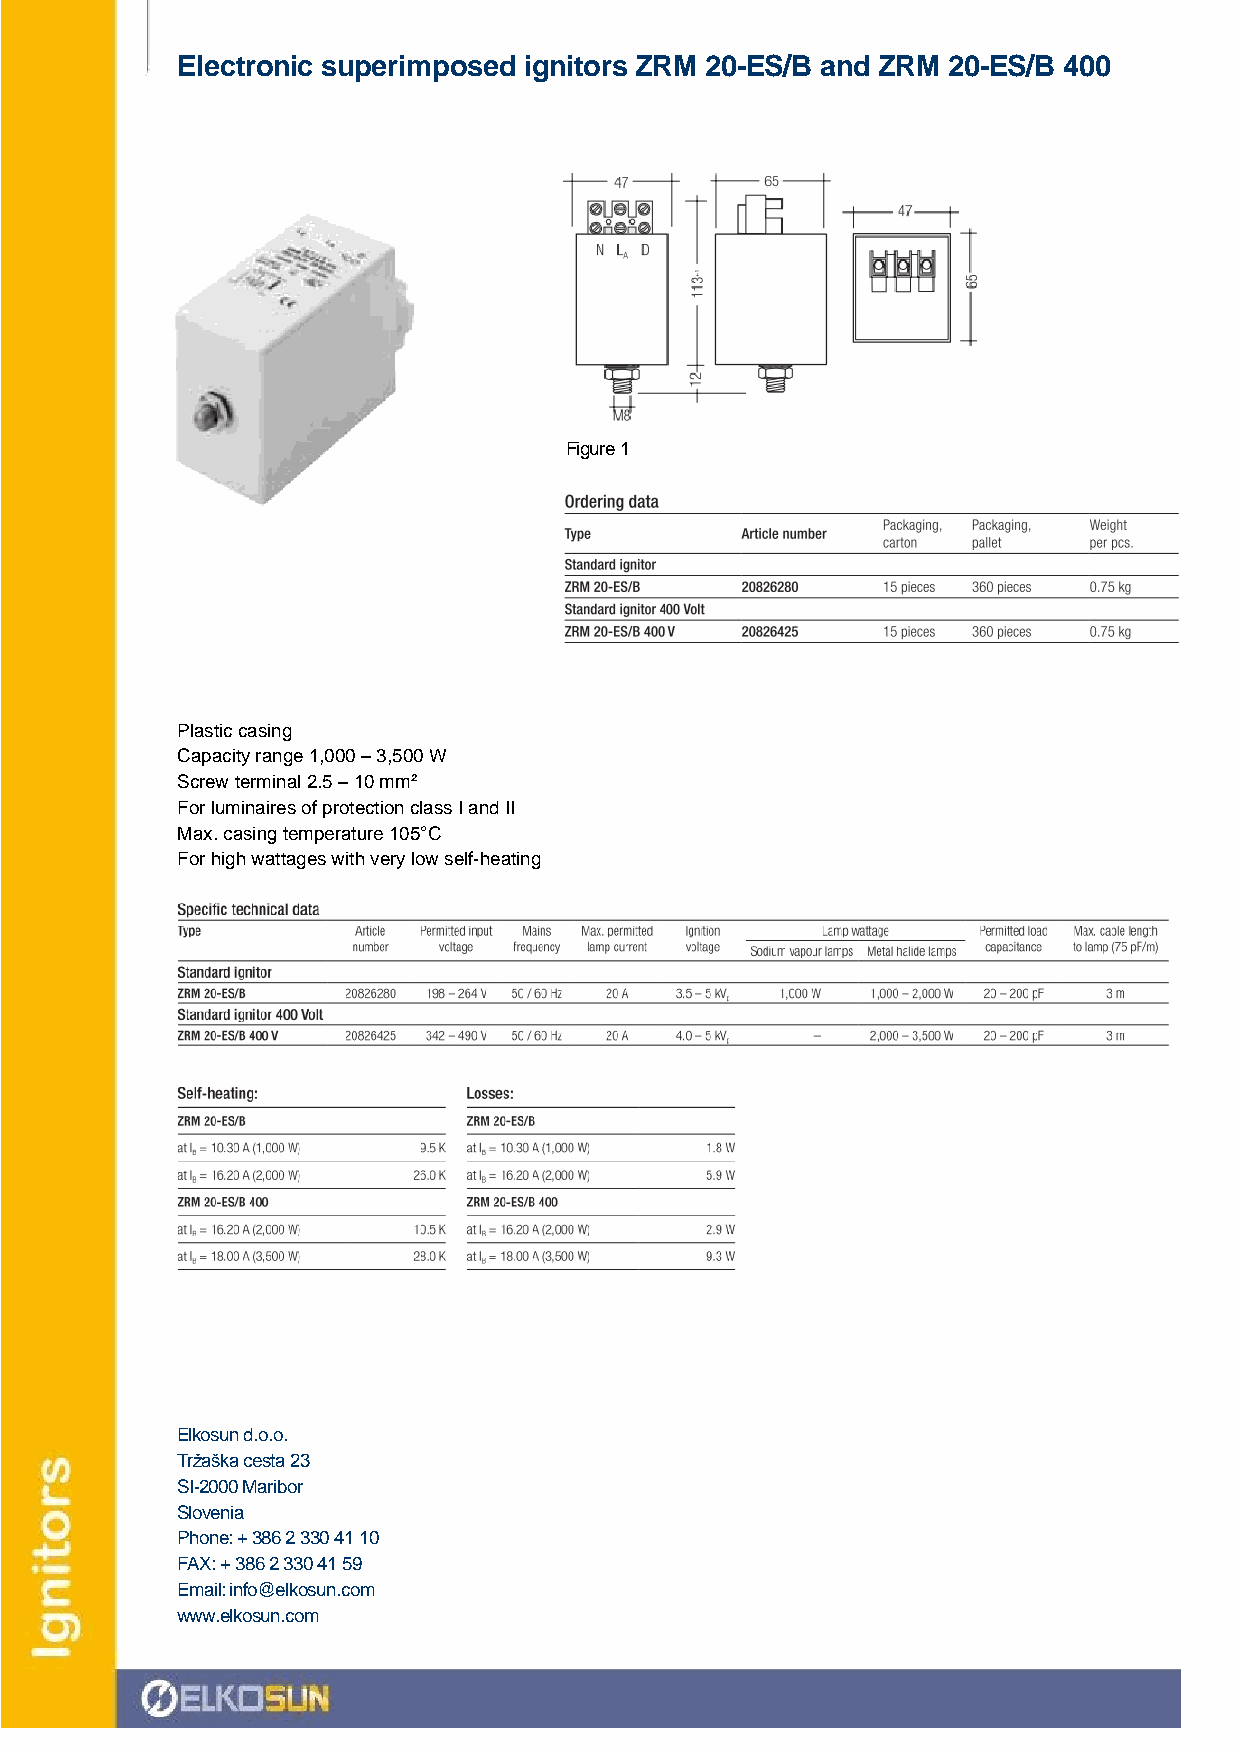
Electronic superimposed ignitors ZRM 20-ES/B and ZRM 20-ES/B 400
 Figure 1
 Plastic casing
 Capacity range 1,000 – 3,500 W
 Screw terminal 2.5 – 10 mm²
 For luminaires of protection class I and II
 Max. casing temperature 105°C
 For high wattages with very low self-heating
 Elkosun d.o.o.
 Tržaška cesta 23
 SI-2000 Maribor
 Slovenia
 Phone: + 386 2 330 41 10
 FAX: + 386 2 330 41 59
 Email: info@elkosun.com
 www.elkosun.com